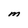
Character: M